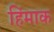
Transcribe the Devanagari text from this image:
हिंमाक